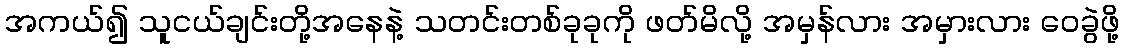
အကယ်၍ သူငယ်ချင်းတို့အနေနဲ့ သတင်းတစ်ခုခုကို ဖတ်မိလို့ အမှန်လား အမှားလား ဝေခွဲဖို့